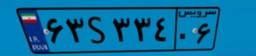
۵۹S۷۳۳۳۷